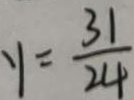
y = \frac { 3 1 } { 2 4 }